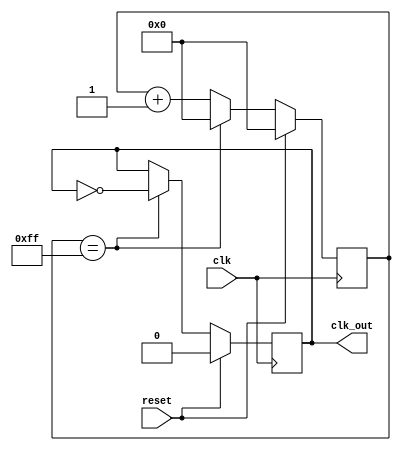
module clkdivider
(
  input wire clk,
  input wire reset,
  output reg clk_out
);
  reg [7:0] counter;
  always @(posedge clk)
  begin
    if (reset)
    begin
      counter <= 8'd0;
      clk_out <= 1'b0;
    end
    else if (counter == 8'hff)
    begin
      counter <= 8'd0;
      clk_out <= ~clk_out;
    end
    else
    begin
      counter <= counter+1;
    end
  end
endmodule